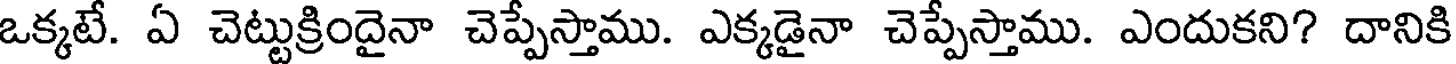
ఒక్కటే. ఏ చెట్టుక్రిందైనా చెప్పేస్తాము. ఎక్కడైనా చెప్పేస్తాము. ఎందుకని? దానికి